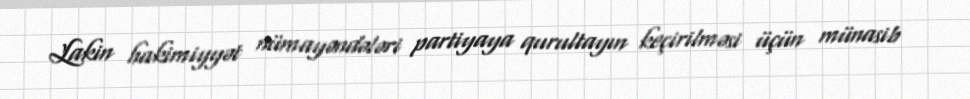
Lakin hakimiyyət nümayəndələri partiyaya qurultayın keçirilməsi üçün münasib